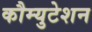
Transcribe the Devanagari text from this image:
कौम्युटेशन